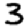
Digit: 3